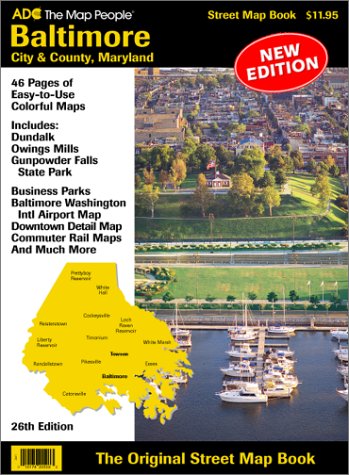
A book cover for Baltimore City & County Maryland: Street Map; Adc; Travel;